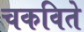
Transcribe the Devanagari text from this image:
चकविते